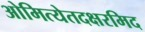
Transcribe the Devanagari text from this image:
ओमित्येतदक्षरमिद